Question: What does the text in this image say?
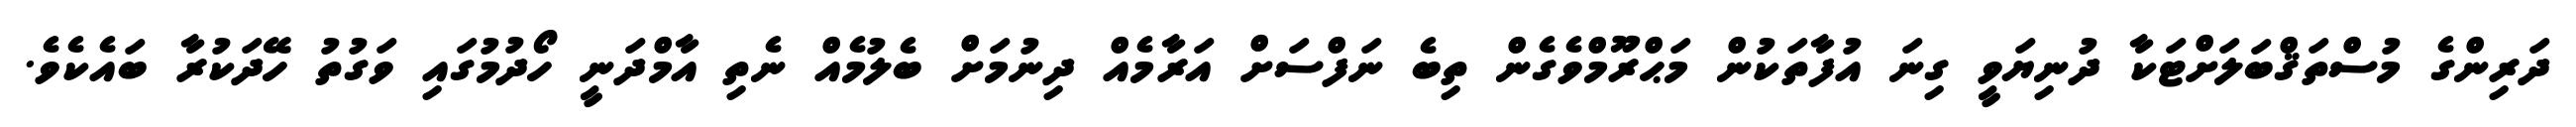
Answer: ދަރިންގެ މުސްތަޤްބަލަށްޓަކާ ދުނިޔަވީ ގިނަ އުފާތަކުން މަޙްރޫމްވެގެން ތިބެ ނަފްސަށް އަރާމެއް ދިނުމަށް ބެލުމެއް ނެތި އާމްދަނީ ހޯދުމުގައި ވަގުތު ހޭދަކުރާ ބައެކެވެ.